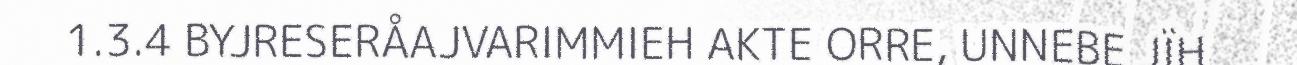
1.3.4 BYJRESERÅAJVARIMMIEH AKTE ORRE, UNNEBE JÏH